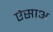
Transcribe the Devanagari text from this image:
ऐसाअ